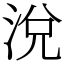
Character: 涗